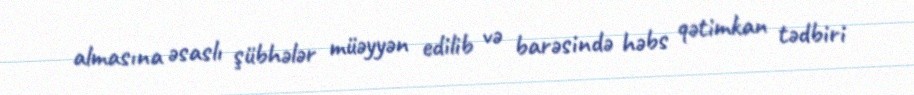
almasına əsaslı şübhələr müəyyən edilib və barəsində həbs qətimkan tədbiri